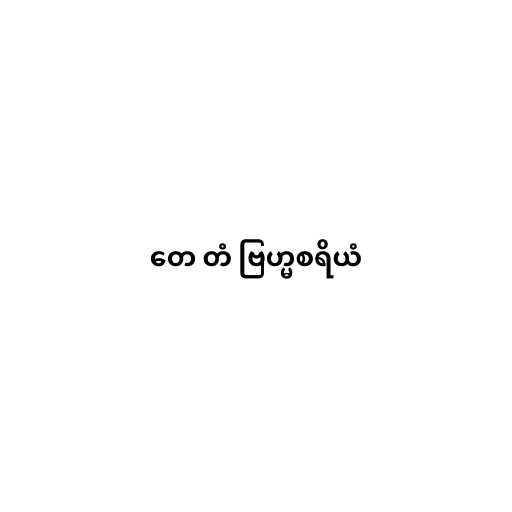
တေ တံ ဗြဟ္မစရိယံ